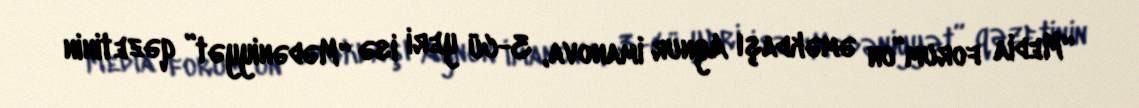
“Media forum”un əməkdaşı Aynur İmanova, 3-cü yeri isə “Mədəniyyət” qəzetinin